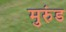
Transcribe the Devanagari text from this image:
मुरुंड